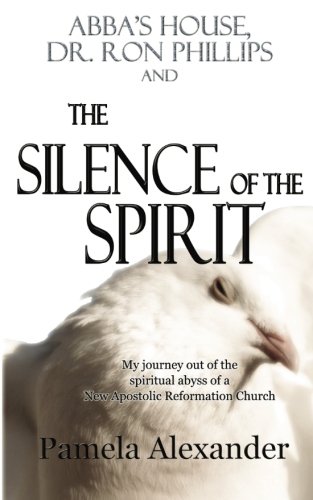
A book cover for Abba's House, Dr. Ron Phillips, and The Silence of the Spirit; Pamela Alexander; Religion & Spirituality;